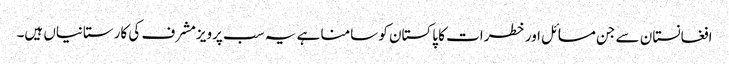
افغانستان سے جن مسائل اور خطرات کا پاکستان کو سامنا ہے یہ سب پرویزمشرف کی کارستانیاں ہیں۔